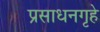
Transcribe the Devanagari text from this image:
प्रसाधनगृहे